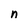
Character: n